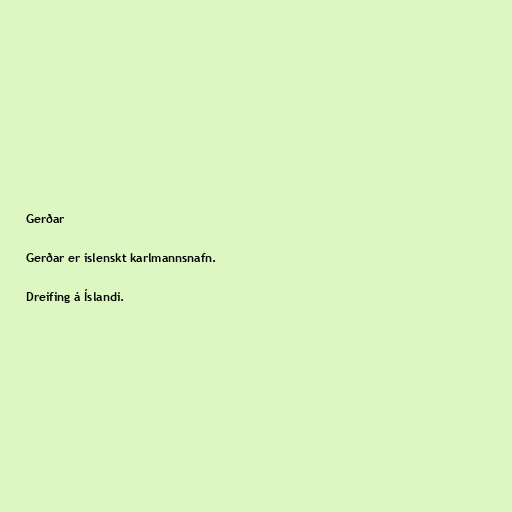
Gerðar

Gerðar er íslenskt karlmannsnafn.

Dreifing á Íslandi.